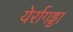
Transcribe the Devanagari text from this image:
येर्रागड्डा